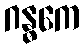
ဂန္ဓကေ